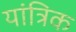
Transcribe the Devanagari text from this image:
यांत्रिक